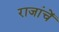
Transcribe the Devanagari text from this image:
राजांचें